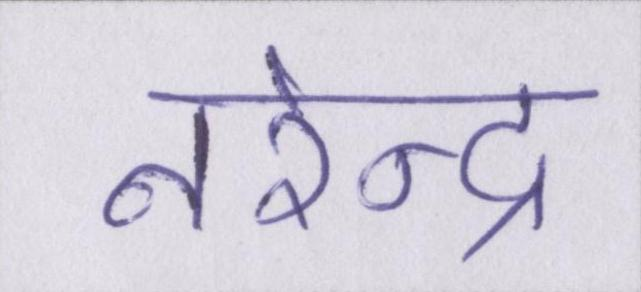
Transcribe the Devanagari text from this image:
नरेन्द्र